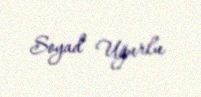
Soyad Uğurlu